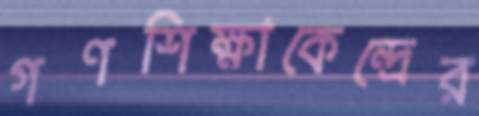
গণশিক্ষাকেন্দ্রের